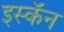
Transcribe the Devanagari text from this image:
इस्कॅन